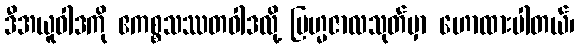
ဒီအယူဝါဒကို ဧကစ္စသဿတဝါဒလို့ ဗြဟ္မဇာလသုတ်မှာ ဟောထားပါတယ်၊